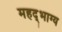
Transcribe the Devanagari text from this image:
महद्‌भाग्य